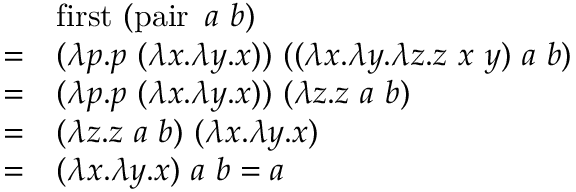
{ \begin{array} { r l } & { \operatorname { f i r s t } \ ( \operatorname { p a i r } \ a \ b ) } \\ { = } & { ( \lambda p . p \ ( \lambda x . \lambda y . x ) ) \ ( ( \lambda x . \lambda y . \lambda z . z \ x \ y ) \ a \ b ) } \\ { = } & { ( \lambda p . p \ ( \lambda x . \lambda y . x ) ) \ ( \lambda z . z \ a \ b ) } \\ { = } & { ( \lambda z . z \ a \ b ) \ ( \lambda x . \lambda y . x ) } \\ { = } & { ( \lambda x . \lambda y . x ) \ a \ b = a } \end{array} }